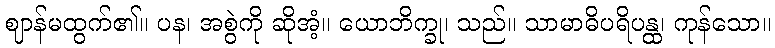
ဈာန်မထွက်၏။ ပန၊ အစွဲကို ဆိုအံ့။ ယောဘိက္ခု၊ သည်။ သာမာဓိပရိပန္ထ၊ ကုန်သော။